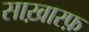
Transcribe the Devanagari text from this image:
साख़ारफ़